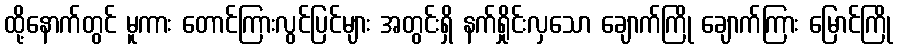
ထို့နောက်တွင် မူကား တောင်ကြားလွင်ပြင်များ အတွင်းရှိ နက်ရှိုင်းလှသော ချောက်ကြို ချောက်ကြား မြောင်ကြို